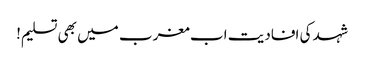
شہد کی افادیت اب مغرب میں بھی تسلیم!